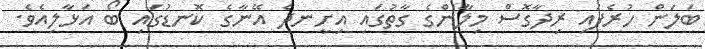
ބަލަން ހުރެފައި ރިދާގޮސް މިލާންގެ ގާތުގައި އިށީނދެ އޭނާގެ ކޮނޑުގައި ބޯ އަޅާލިއެވެ.